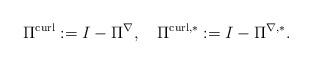
LaTeX: \begin{align*}\Pi^{\operatorname*{curl}}:=I-\Pi^{\nabla},\quad\Pi^{\operatorname*{curl},\ast}:=I-\Pi^{\nabla,\ast}. \end{align*}